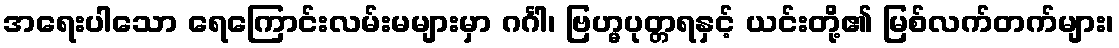
အရေးပါသော ရေကြောင်းလမ်းမများမှာ ဂင်္ဂါ၊ ဗြဟ္မပုတ္တရနှင့် ယင်းတို့၏ မြစ်လက်တက်များ၊